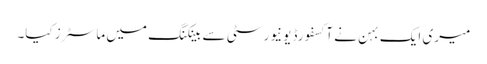
میری ایک بہن نے آکسفورڈ یونیورسٹی سے بینکنگ میں ماسٹرز کیا۔